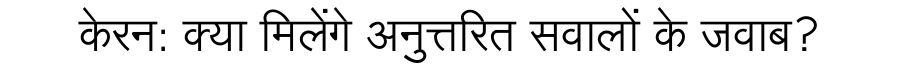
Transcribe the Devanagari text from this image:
केरन: क्या मिलेंगे अनुत्तरित सवालों के जवाब?